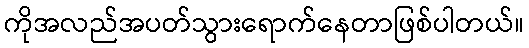
ကိုအလည်အပတ်သွားရောက်နေတာဖြစ်ပါတယ်။